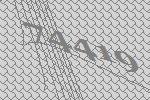
74419